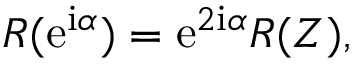
R ( { \mathrm { e } } ^ { { \mathrm { i } } \alpha } ) = { \mathrm { e } } ^ { 2 { \mathrm { i } } \alpha } R ( Z ) ,